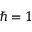
\hbar = 1